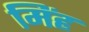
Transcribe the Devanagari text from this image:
मिंह